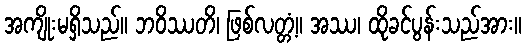
အကျိုးမရှိသည်။ ဘဝိဿတိ၊ ဖြစ်လတ္တံ့။ အဿ၊ ထိုခင်ပွန်းသည်အား။